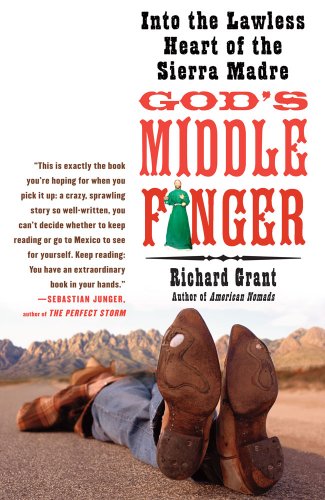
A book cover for God's Middle Finger: Into the Lawless Heart of the Sierra Madre; Richard Grant; Travel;